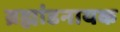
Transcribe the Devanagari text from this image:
ब्रह्मांडनायक